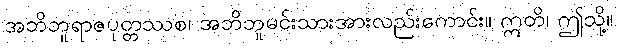
အဘိဘူရာဇပုတ္တဿစ၊ အဘိဘူမင်းသားအားလည်းကောင်း။ ဣတိ၊ ဤသို့။